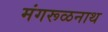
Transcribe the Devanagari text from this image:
मंगरूळनाथ